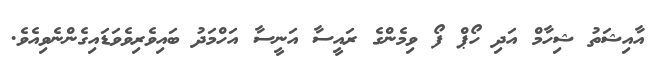
އާއިޝަތު ޝިހާމް އަދި ހޯޕް ފޯ ވިމެންގެ ރައީސާ އަނީސާ އަހްމަދު ބައިވެރިވެވަޑައިގެންނެވިއެވެ.